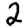
Digit: 2